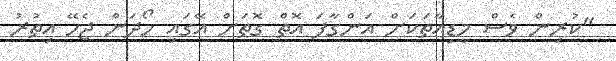
"ކުރިން ވެސް މީޑިއާތަކަށް އަންގާފަ އޮތް ގޮތަށް އޭގައި ހޯދަން ޖެހޭ އިތުރު